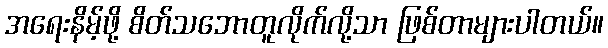
အရေးနိမ့်ဖို့ စိတ်သဘောတူလိုက်လို့သာ ဖြစ်တာများပါတယ်။